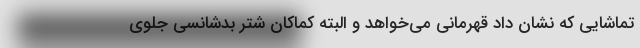
تماشایی که نشان داد قهرمانی می‌خواهد و البته کماکان شتر بدشانسی جلوی